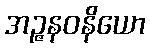
အဉ္ဇနဝနိယော